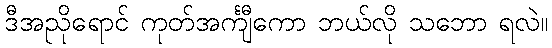
ဒီအညိုရောင် ကုတ်အင်္ကျီကော ဘယ်လို သဘော ရလဲ။